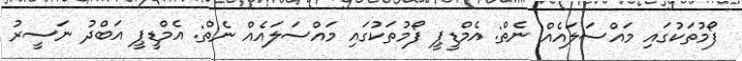
ފޯމުތަކުގައި މައްސަލައެއް ނެތް: އެމްޑީޕީ ފޯމުތަކުގައި މައްސަލައެއް ނެތް: އެމްޑީޕީ އަބްދު ނަސީރު